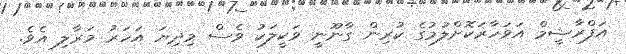
އަފްރާޝީމް އަވަހާރަކޮށްލުމުގެ ކުރިން ގާނޫނީ ވަކީލަކު ވެސް މިދިޔަ އަހަރު މަރާލި އެވެ.